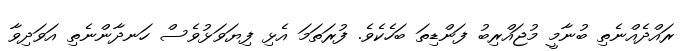
ރައްދެއްނެތި ބުނާމީ މުޖައްރިބު ފަންޑިތަ ބަހެކެވެ. ފުރަތަމަ އެޅި ފިޔަވަޅުވެސް ހަނދާންނެތި އަވަދިވާ